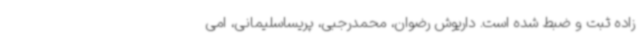
زاده ثبت و ضبط شده است. داریوش رضوان، محمدرجبی، پریساسلیمانی، امی